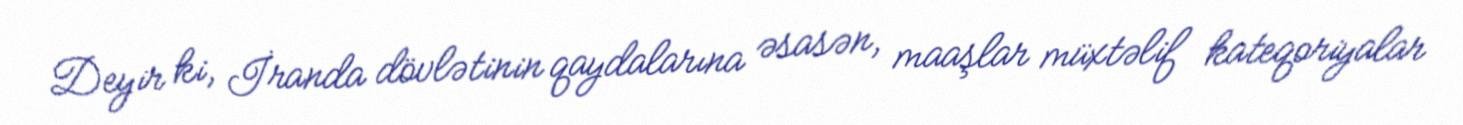
Deyir ki, İranda dövlətinin qaydalarına əsasən, maaşlar müxtəlif kateqoriyalar